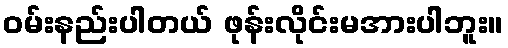
ဝမ်းနည်းပါတယ် ဖုန်းလိုင်းမအားပါဘူး။